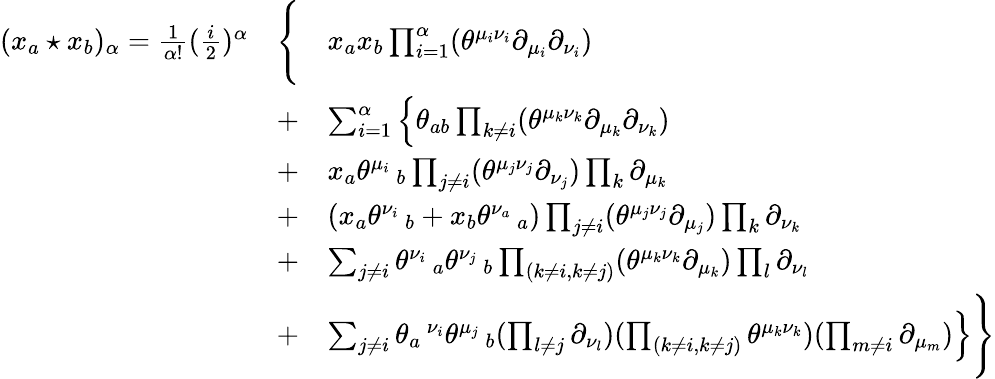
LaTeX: \begin{array}{lcl}{{(x_{a}\star x_{b})_{\alpha}=\frac{1}{\alpha!}(\frac{i}{2})^{\alpha}}}&{{\Bigg\{ }}&{{x_{a}x_{b}\prod_{i=1}^{\alpha}(\theta^{\mu_{i}\nu_{i}}\partial_{\mu_{i}}\partial_{\nu_{i}})}}\\ {{}}&{{+}}&{{\sum_{i=1}^{\alpha}\Big\{ \theta_{ab}\prod_{k\ne i}(\theta^{\mu_{k}\nu_{k}}\partial_{\mu_{k}}\partial_{\nu_{k}})}}\\ {{}}&{{+}}&{{x_{a}{\theta^{\mu_{i}}\, _{b}}\prod_{j\ne i}(\theta^{\mu_{j}\nu_{j}}\partial_{\nu_{j}})\prod_{k}\partial_{\mu_{k}}}}\\ {{}}&{{+}}&{{(x_{a}\theta^{\nu_{i}}\, _{b}+x_{b}\theta^{\nu_{a}}\, _{a})\prod_{j\ne i}(\theta^{\mu_{j}\nu_{j}}\partial_{\mu_{j}})\prod_{k}\partial_{\nu_{k}}}}\\ {{}}&{{+}}&{{\sum_{j\ne i}\theta^{\nu_{i}}\, _{a}\theta^{\nu_{j}}\, _{b}\prod_{(k\ne i,k\ne j)}(\theta^{\mu_{k}\nu_{k}}\partial_{\mu_{k}})\prod_{l}\partial_{\nu_{l}}}}\\ {{}}&{{+}}&{{\sum_{j\ne i}\theta_{a}\, ^{\nu_{i}}\theta^{\mu_{j}}\, _{b}(\prod_{l\ne j}\partial_{\nu_{l}})(\prod_{(k\ne i,k\ne j)}\theta^{\mu_{k}\nu_{k}})(\prod_{m\ne i}\partial_{\mu_{m}})\Big\} \Bigg\} }}\end{array}